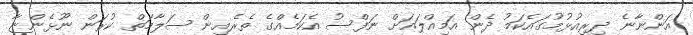
އަންނާނެ ދިރިއުޅުމުގައެކަމު ދެން އަމިއްލައަށް ނަފްސު އެކަމެއްގެ ތެރެއިން ސަލާމަތް ކުރަން ނޫޅެންޏާ